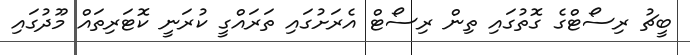
ބީޗު ރިސޯޓްގެ ގޮތުގައި ތިން ރިސޯޓް އެރަށުގައި ތަރައްގީ ކުރަނީ ކޮޓަރިތައް މޫދުގައި